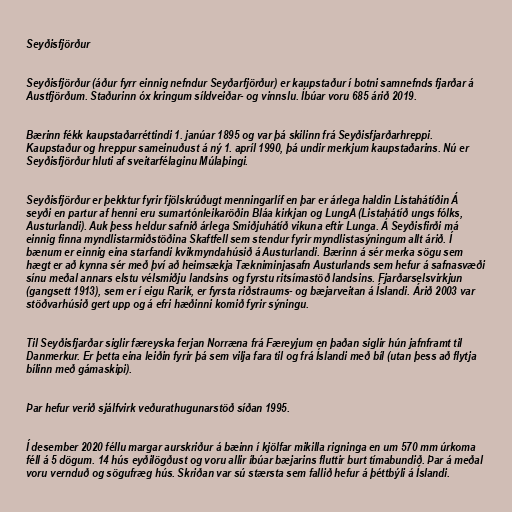
Seyðisfjörður

Seyðisfjörður (áður fyrr einnig nefndur Seyðarfjörður) er kaupstaður í botni samnefnds fjarðar á
Austfjörðum. Staðurinn óx kringum síldveiðar- og vinnslu. Íbúar voru 685 árið 2019.

Bærinn fékk kaupstaðarréttindi 1. janúar 1895 og var þá skilinn frá Seyðisfjarðarhreppi.
Kaupstaður og hreppur sameinuðust á ný 1. apríl 1990, þá undir merkjum kaupstaðarins. Nú er
Seyðisfjörður hluti af sveitarfélaginu Múlaþingi.

Seyðisfjörður er þekktur fyrir fjölskrúðugt menningarlíf en þar er árlega haldin Listahátíðin Á
seyði en partur af henni eru sumartónleikaröðin Bláa kirkjan og LungA (Listahátíð ungs fólks,
Austurlandi). Auk þess heldur safnið árlega Smiðjuhátíð vikuna eftir Lunga. Á Seyðisfirði má
einnig finna myndlistarmiðstöðina Skaftfell sem stendur fyrir myndlistasýningum allt árið. Í
bænum er einnig eina starfandi kvikmyndahúsið á Austurlandi. Bærinn á sér merka sögu sem
hægt er að kynna sér með því að heimsækja Tækniminjasafn Austurlands sem hefur á safnasvæði
sínu meðal annars elstu vélsmiðju landsins og fyrstu ritsímastöð landsins. Fjarðarselsvirkjun
(gangsett 1913), sem er í eigu Rarik, er fyrsta riðstraums- og bæjarveitan á Íslandi. Árið 2003 var
stöðvarhúsið gert upp og á efri hæðinni komið fyrir sýningu.

Til Seyðisfjarðar siglir færeyska ferjan Norræna frá Færeyjum en þaðan siglir hún jafnframt til
Danmerkur. Er þetta eina leiðin fyrir þá sem vilja fara til og frá Íslandi með bíl (utan þess að flytja
bílinn með gámaskipi).

Þar hefur verið sjálfvirk veðurathugunarstöð síðan 1995.

Í desember 2020 féllu margar aurskriður á bæinn í kjölfar mikilla rigninga en um 570 mm úrkoma
féll á 5 dögum. 14 hús eyðilögðust og voru allir íbúar bæjarins fluttir burt tímabundið. Þar á meðal
voru vernduð og sögufræg hús. Skriðan var sú stærsta sem fallið hefur á þéttbýli á Íslandi.